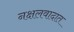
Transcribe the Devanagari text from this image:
नक्षलवादात